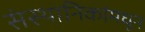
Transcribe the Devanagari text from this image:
संस्थानिकांमधून